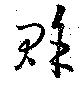
賖